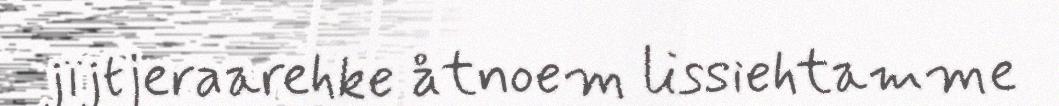
jïjtjeraarehke åtnoem lissiehtamme